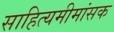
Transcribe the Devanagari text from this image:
साहित्यमीमांसक